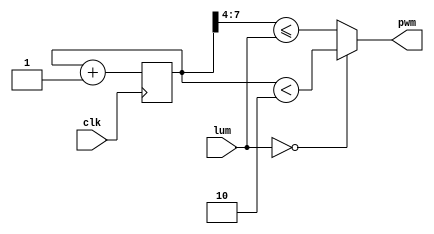
`timescale 1ns / 1ps
//////////////////////////////////////////////////////////////////////////////////
// Company: 
// Engineer: 
// 
// Design Name: Pulse Width Mudulator
// Module Name: pwm
// Project Name: 
// Target Devices: 
// Tool Versions: 
// Description: Convert the input level to PWM proportional output.
// 
// Dependencies: 
// 
// Revision:
// Revision 0.01 - File Created
// Additional Comments:
// 
//////////////////////////////////////////////////////////////////////////////////


module pwm(
    input       clk,        // Clock
    input [3:0] lum,        // Luminosity, duty cycle, brightness from 0 to 15
    output      pwm         // Puls width modulated output
    );
    
    reg [7:0] r_pwm_cntr = 0;
    
    always @(posedge clk)
        r_pwm_cntr = r_pwm_cntr + 1;
    
    assign pwm =  lum == 0 ? ( r_pwm_cntr < 8'h02 ) : ( r_pwm_cntr[7:4] <= lum);
endmodule